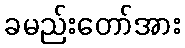
ခမည်းတော်အား